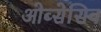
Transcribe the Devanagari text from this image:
ओब्सेसिव